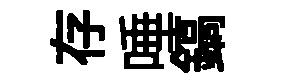
存唾鎬